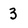
Character: 3